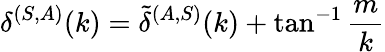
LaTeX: \delta^{(S,A)}(k)=\tilde{\delta}^{(A,S)}(k)+\tan^{-1}\frac{m}{k}